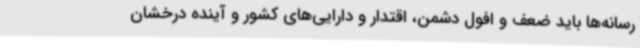
رسانه‌ها باید ضعف و افول دشمن، اقتدار و دارایی‌های کشور و آینده درخشان